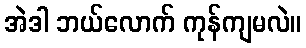
အဲဒါ ဘယ်လောက် ကုန်ကျမလဲ။